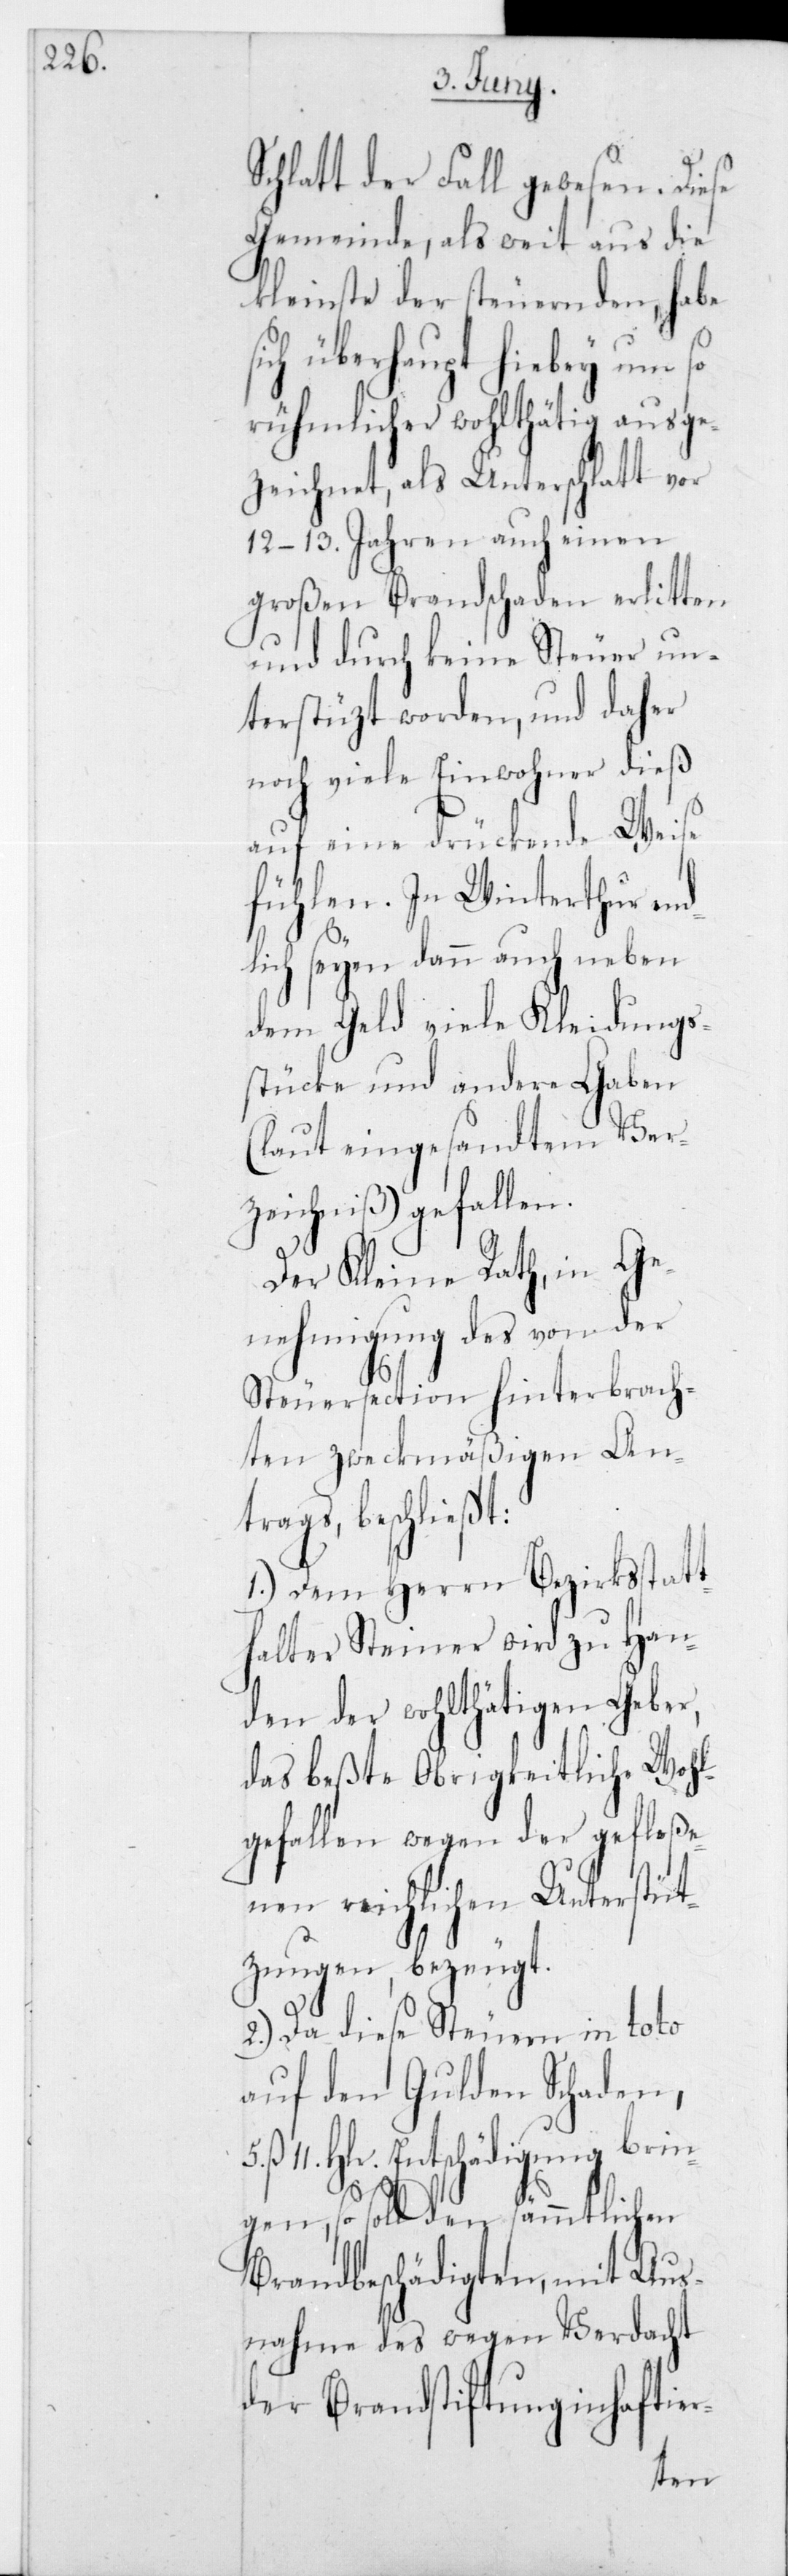
Schlatt der Fall gewesen. Diese
Gemeinde, als weit aus die
kleinste der steuernden, habe
ich überhaupt hiebey um so
rühmlicher wohlthätig ausge¬
zeichnet, als Unterschlatt vor
12– 13 Jahren auch einen
großen Brandschaden erlitten
und durch keine Steuer un¬
terstüzt worden, und daher
noch viele Einwohner dieß
auf eine drückende Weise
fühlen. In Winterthur en¬
dlich seyen dann auch neben
dem Geld viele Kleidungs¬
stücke und andere Gaben
(laut eingesandtem Ver¬
zeichniß) gefallen.
Der Kleine Rath, in Ge¬
nehmigung des von der
r-
Steuersection hinterbrach¬
ten zweckmäßigen Ant¬
rags, beschließt:
1.) Dem Herrn Bezirksstatt¬
halter Steiner wird zu Han¬
den der wohlthätigen Geber,
das beßte Obrigkeitliche Wohl¬
gefallen wegen der gefloß¬
enen reichlichen Unterstüt¬
zung, bezeugt.
2.) Da diese Steuern in toto
auf den Gulden Schaden,
Hlr. Entschädigung brin¬
gen, so soll den sämmtlichen
Brandbeschädigten, mit Aus¬
nahme des wegen Verdacht
der Brandstiftung inhaftie¬